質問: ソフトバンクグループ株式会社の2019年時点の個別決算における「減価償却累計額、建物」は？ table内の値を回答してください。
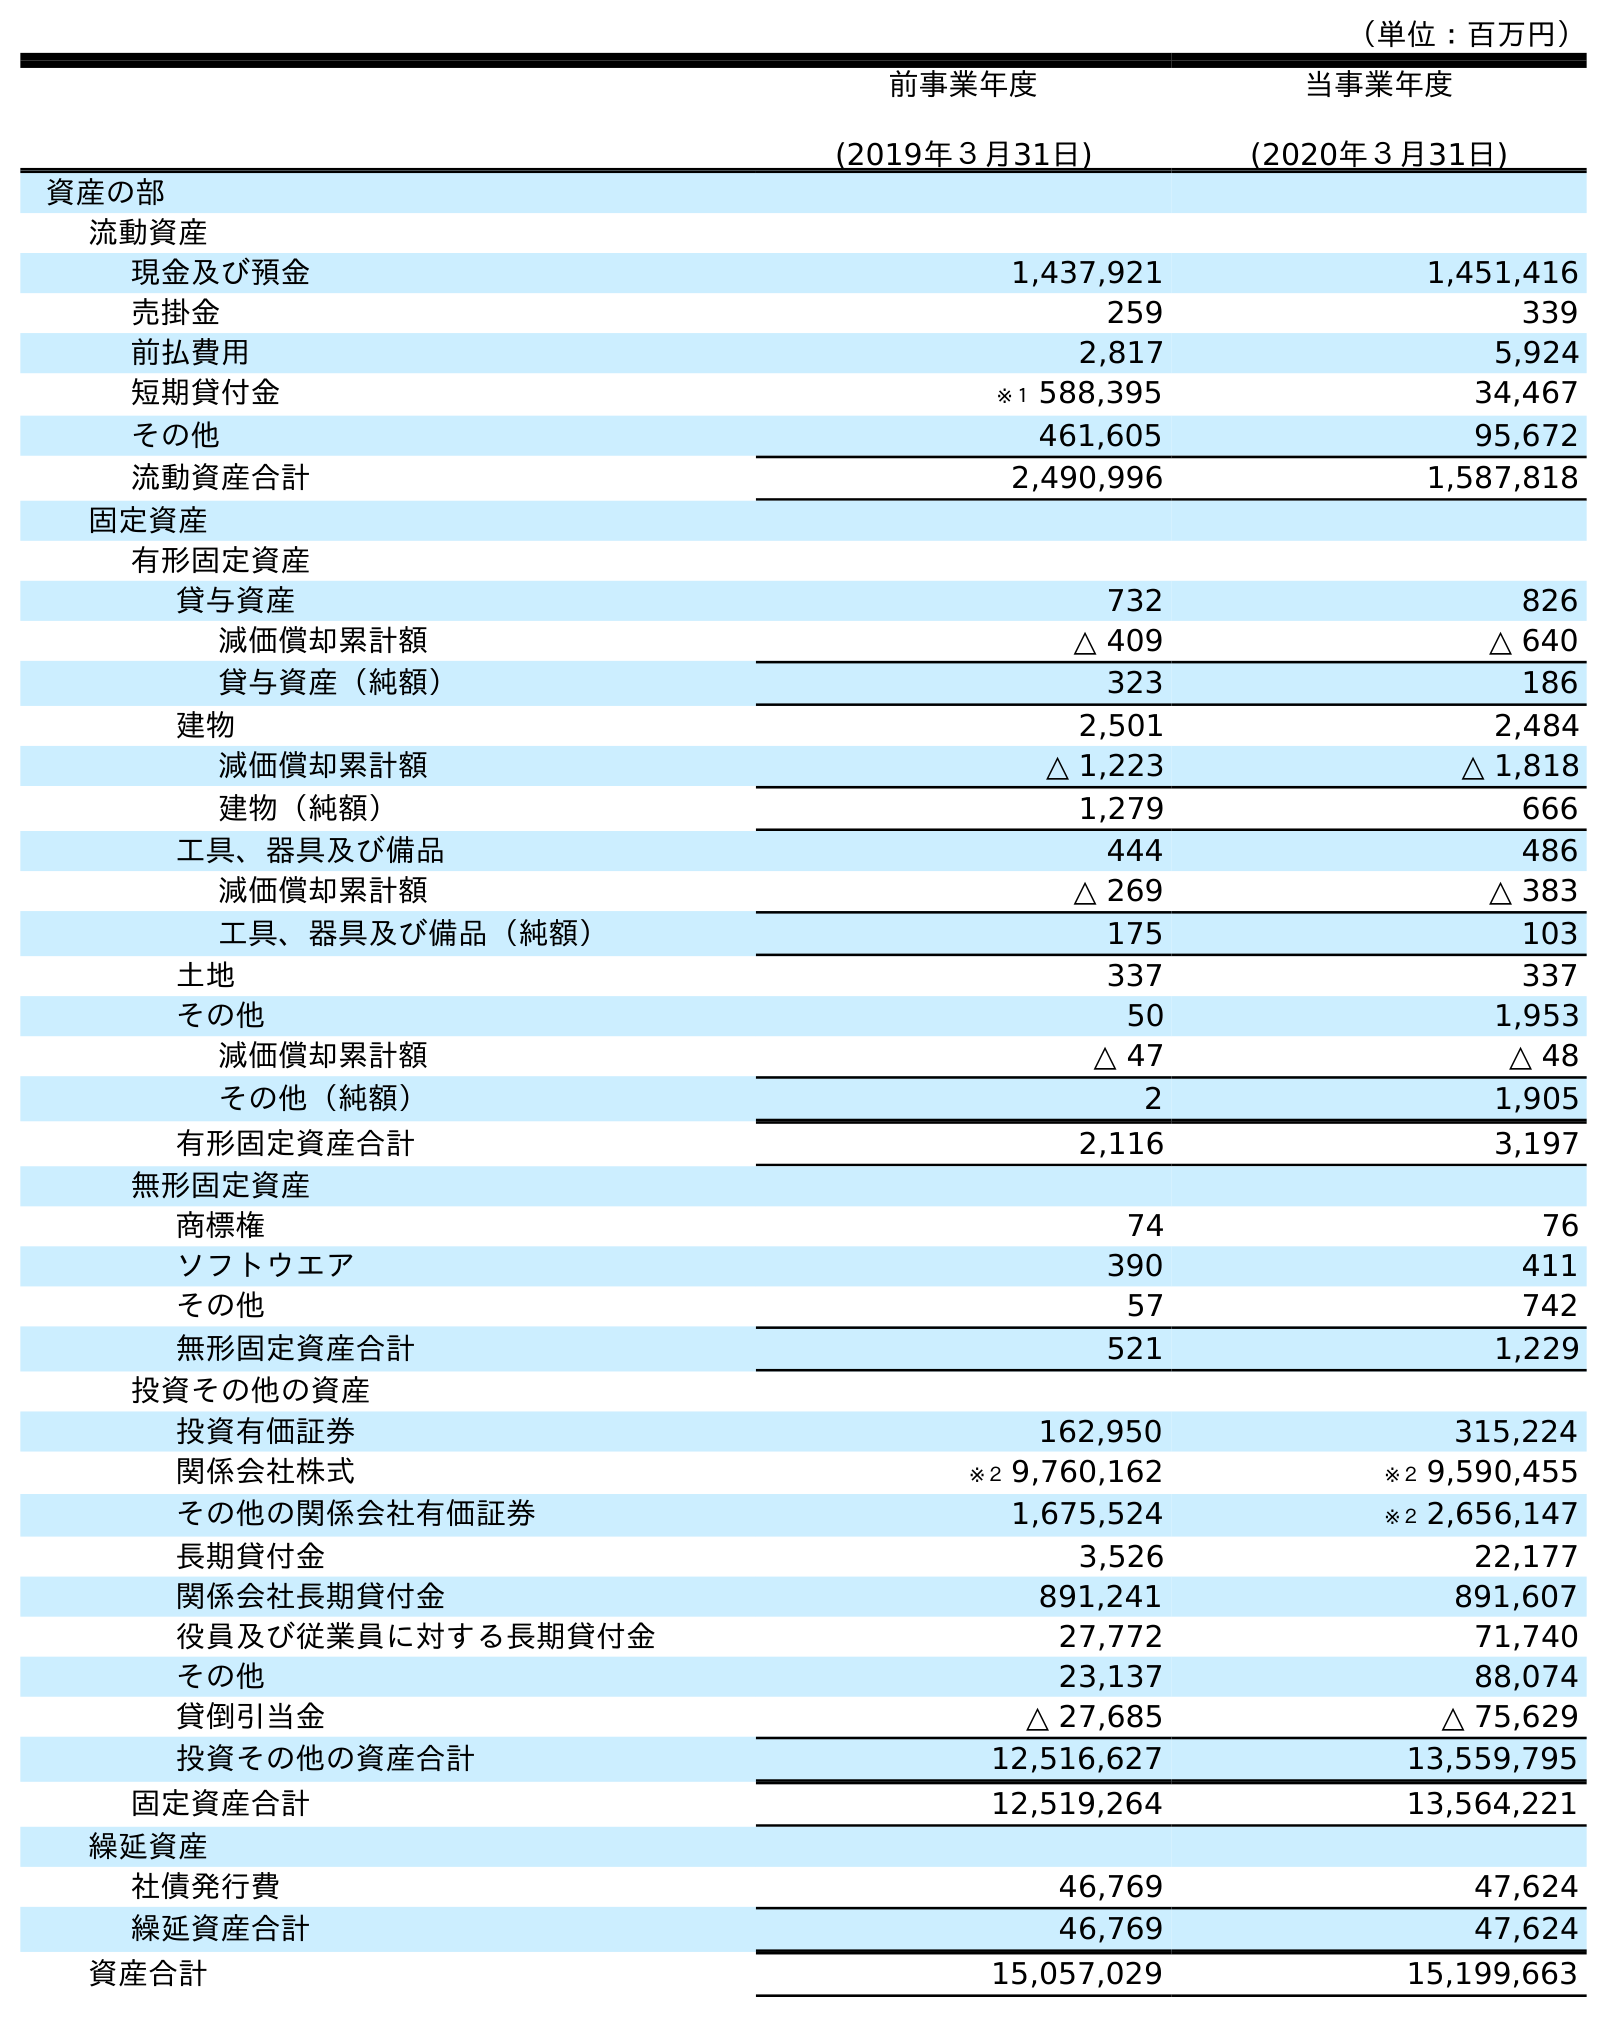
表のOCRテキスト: （単位：百万円） 前事業年度 (2019年３月31日) 当事業年度 (2020年３月31日) 資産の部 流動資産 現金及び預金 1,437,921 1,451,416 売掛金 259 339 前払費用 2,817 5,924 短期貸付金 ※１ 588,395 34,467 その他 461,605 95,672 流動資産合計 2,490,996 1,587,818 固定資産 有形固定資産 貸与資産 732 826 減価償却累計額 △ 409 △ 640 貸与資産（純額） 323 186 建物 2,501 2,484 減価償却累計額 △ 1,223 △ 1,818 建物（純額） 1,279 666 工具、器具及び備品 444 486 減価償却累計額 △ 269 △ 383 工具、器具及び備品（純額） 175 103 土地 337 337 その他 50 1,953 減価償却累計額 △ 47 △ 48 その他（純額） 2 1,905 有形固定資産合計 2,116 3,197 無形固定資産 商標権 74 76 ソフトウエア 390 411 その他 57 742 無形固定資産合計 521 1,229 投資その他の資産 投資有価証券 162,950 315,224 関係会社株式 ※２ 9,760,162 ※２ 9,590,455 その他の関係会社有価証券 1,675,524 ※２ 2,656,147 長期貸付金 3,526 22,177 関係会社長期貸付金 891,241 891,607 役員及び従業員に対する長期貸付金 27,772 71,740 その他 23,137 88,074 貸倒引当金 △ 27,685 △ 75,629 投資その他の資産合計 12,516,627 13,559,795 固定資産合計 12,519,264 13,564,221 繰延資産 社債発行費 46,769 47,624 繰延資産合計 46,769 47,624 資産合計 15,057,029 15,199,663
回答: △1,223